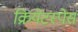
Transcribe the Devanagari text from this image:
क्रियेटस्पेस